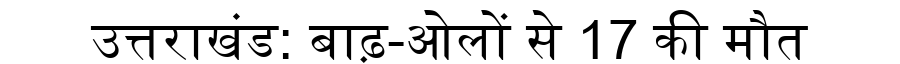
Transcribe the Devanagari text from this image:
उत्तराखंड: बाढ़-ओलों से 17 की मौत